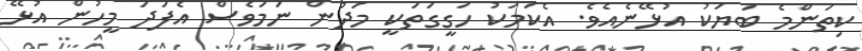
ކިތަންމެ ބަޔަކު އުޅޭނެއެވެ. އެކަމަކު ހަގީގަތަކީ މަދުން ނަމަވެސް އެފަދަ މީހުން އުޅޭ